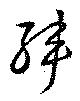
韓